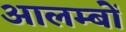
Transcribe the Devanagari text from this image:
आलम्बों